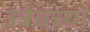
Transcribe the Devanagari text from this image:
उत्रेचच्या